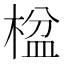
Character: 𬃠